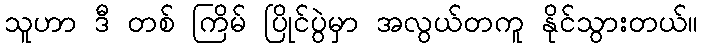
သူဟာ ဒီ တစ် ကြိမ် ပြိုင်ပွဲမှာ အလွယ်တကူ နိုင်သွားတယ်။